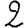
Digit: 2